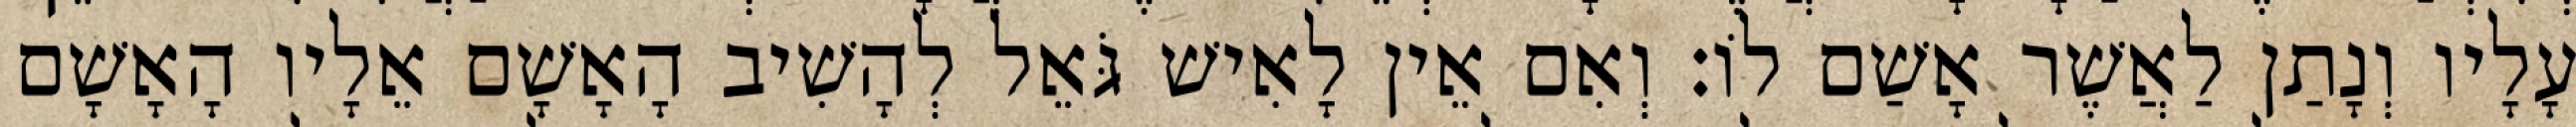
עָלָיו וְנָתַן לַאֲשֶׁר אָשַׁם לוֹ׃ וְאִם אֵין לָאִישׁ גֹּאֵל לְהָשִׁיב הָאָשָׁם אֵלָיו הָאָשָׁם